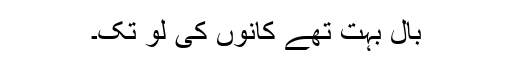
بال بہت تھے کانوں کی لُو تک۔